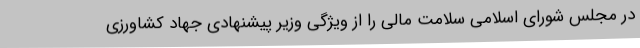
در مجلس شورای اسلامی سلامت مالی را از ویژگی وزیر پیشنهادی جهاد کشاورزی